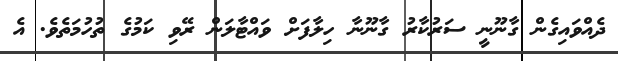
ދެއްވައިގެން ގާނޫނީ ސަރުކާރު ގާނޫނާ ހިލާފަށް ވައްޓާލަން ރޭވި ކަމުގެ ތުހުމަތެވެ. އެ